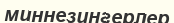
миннезингерлер